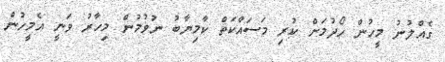
ގެއްލުނު މީހުން ހޯދުމަށް ކުރި މަސައްކަތް ކާމިޔާބު ނުވުމުން މިހާރު ވަނީ އެމީހުން